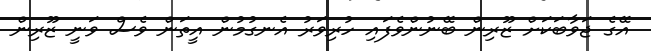
އޭގެ ޖަވާބަކަށް ޒޫރިން ބޭނުންވެފައި ހުރިވަރު އެނގުމުން އީތަން ވެސް ވަނީ ޒޫރިން